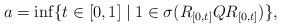
LaTeX: \begin{align*}a=\inf\{t\in[0,1]\mid 1\in\sigma(R_{[0,t]}QR_{[0,t]})\},\end{align*}